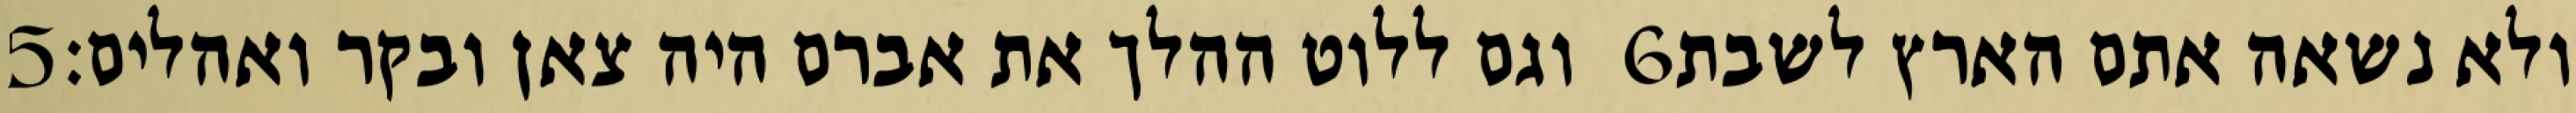
‎5‏ וגם ללוט ההלך את אברם היה צאן ובקר ואהלים׃ ‎6‏ ולא נשאה אתם הארץ לשבת